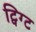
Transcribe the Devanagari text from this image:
ट्विग्ट